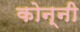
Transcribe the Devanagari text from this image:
कोन्नी